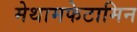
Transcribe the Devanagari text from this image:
मेथामफेटामिन